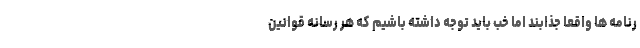
رنامه‌ ها واقعا جذابند اما خب باید توجه داشته باشیم که هر رسانه قوانین